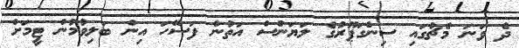
ދެ ވަނަ މެޗުގައި ސިންގަޕޫރުގެ ލަޔަންސް އަތުން ފަސޭހަ އިން ބަލިވުމުން ޓީމަށް